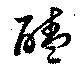
醘